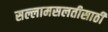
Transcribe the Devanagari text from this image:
सल्लामसलतीसाठी